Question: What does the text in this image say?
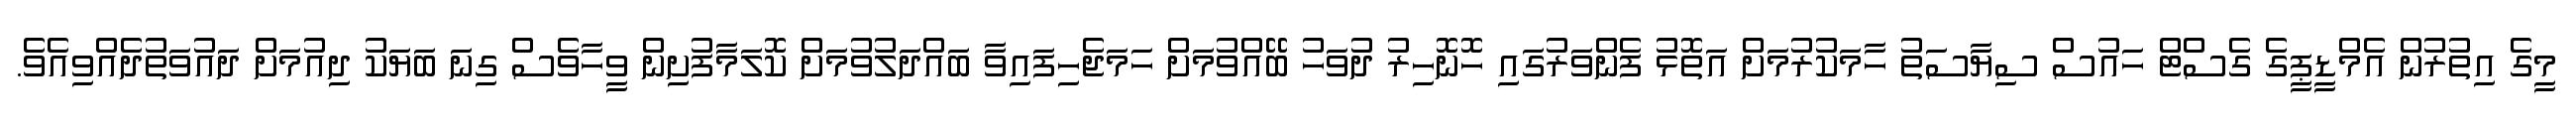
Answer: މީގެ އިތުރުން އެމްޑީޕީގެ ގެސްޓް ހައުސް ސިޔާސަތު ހާމަކުރުމަށް އަތޮޅު ފެންވަރުގައި ހޮނޮހިރު ދުވަހު ބޭއްވުމަށް ހަމަޖެހިފައިވާ ބައްދަލުވުމަށް ކޮލަމާފުށިން ވީހާވެސް ގިނަ ބަޔަކު ދިއުމަށް ދައުވަތުދެއްވިއެވެ.